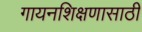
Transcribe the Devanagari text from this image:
गायनशिक्षणासाठी